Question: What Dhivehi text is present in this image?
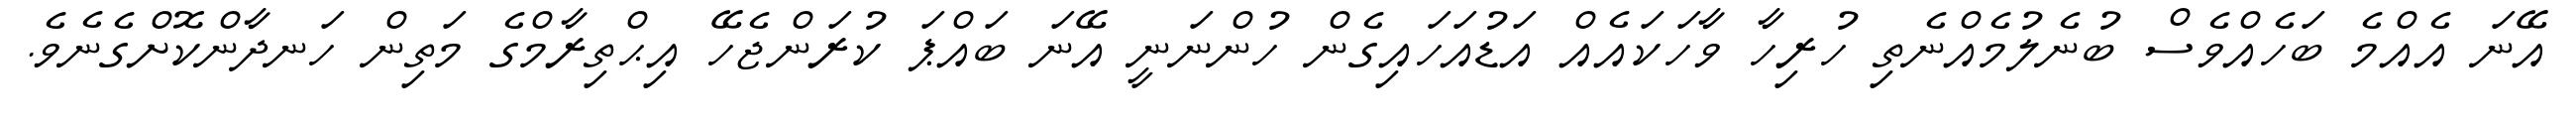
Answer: އޭނަ އެއްމެ ބަހެއްވެސް ބުނެލުމެއްނެތި ހުރިހާ ވާހަކައެއް އަޑުއަހައިގެން ހުންނަނީ އޭނަ ބައްޕަ ކުރަންޖެހޭ އިޙްތިރާމްގެ މަތިން ހަނދާންކޮށްގެނެވެ.